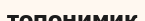
топонимик